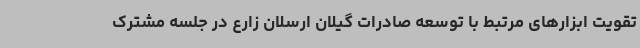
تقویت ابزارهای مرتبط با توسعه صادرات گیلان ارسلان زارع در جلسه مشترک